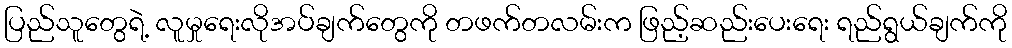
ပြည်သူတွေရဲ့ လူမှုရေးလိုအပ်ချက်တွေကို တဖက်တလမ်းက ဖြည့်ဆည်းပေးရေး ရည်ရွယ်ချက်ကို